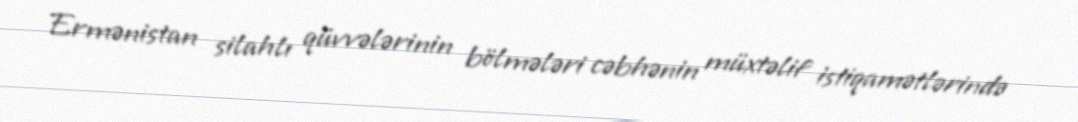
Ermənistan silahlı qüvvələrinin bölmələri cəbhənin müxtəlif istiqamətlərində